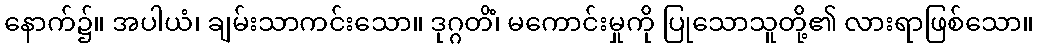
နောက်၌။ အပါယံ၊ ချမ်းသာကင်းသော။ ဒုဂ္ဂတိံ၊ မကောင်းမှုကို ပြုသောသူတို့၏ လားရာဖြစ်သော။